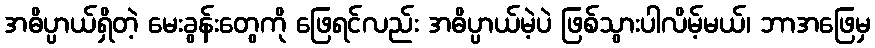
အဓိပ္ပာယ်ရှိတဲ့ မေးခွန်းတွေကို ဖြေရင်လည်း အဓိပ္ပာယ်မဲ့ပဲ ဖြစ်သွားပါလိမ့်မယ်၊ ဘာအဖြေမှ